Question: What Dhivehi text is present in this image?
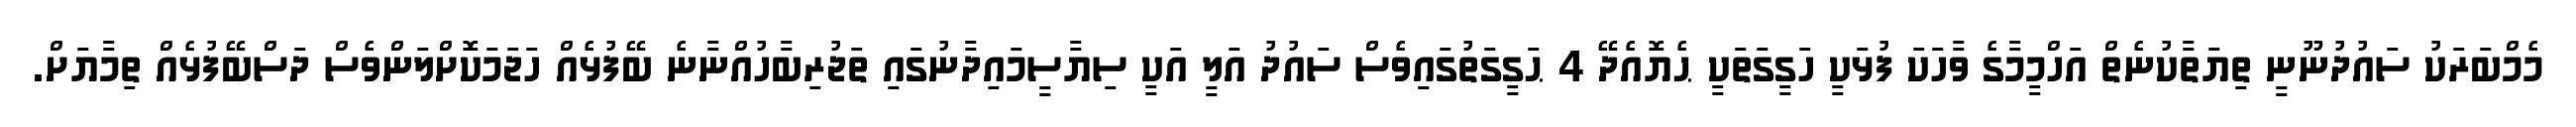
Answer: މެމްބަރަކު ސައުދުނޫނީ ތިޔަތާކުނެތް އަހްމީމާގެ ވާހަކަ ފުޅަކީ ހަގީގަތަކީ ޙެޔޮއެދޭ 4 ޙަގީގަތުގައިވެސް ސައުދު އަލީ އަކީ ސިޔާސީމައިދާނުގައި ތަޖުރިބާހުއްނާނެ ބޭފުޅެއް ހަޖަމަކޮށްލަންވެސް ދަސްބޭފުޅެއް ތިމާޔަށް.